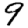
Digit: 9